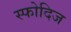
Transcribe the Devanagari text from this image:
स्फोदिज